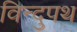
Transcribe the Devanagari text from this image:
विन्दुपथ